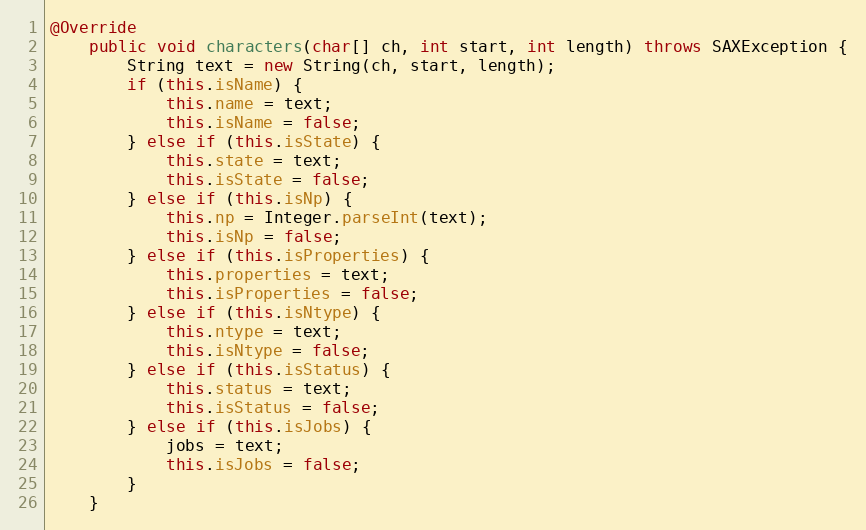
Language: Java
@Override
    public void characters(char[] ch, int start, int length) throws SAXException {
        String text = new String(ch, start, length);
        if (this.isName) {
            this.name = text;
            this.isName = false;
        } else if (this.isState) {
            this.state = text;
            this.isState = false;
        } else if (this.isNp) {
            this.np = Integer.parseInt(text);
            this.isNp = false;
        } else if (this.isProperties) {
            this.properties = text;
            this.isProperties = false;
        } else if (this.isNtype) {
            this.ntype = text;
            this.isNtype = false;
        } else if (this.isStatus) {
            this.status = text;
            this.isStatus = false;
        } else if (this.isJobs) {
            jobs = text;
            this.isJobs = false;
        }
    }